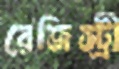
রেজিস্ট্রী